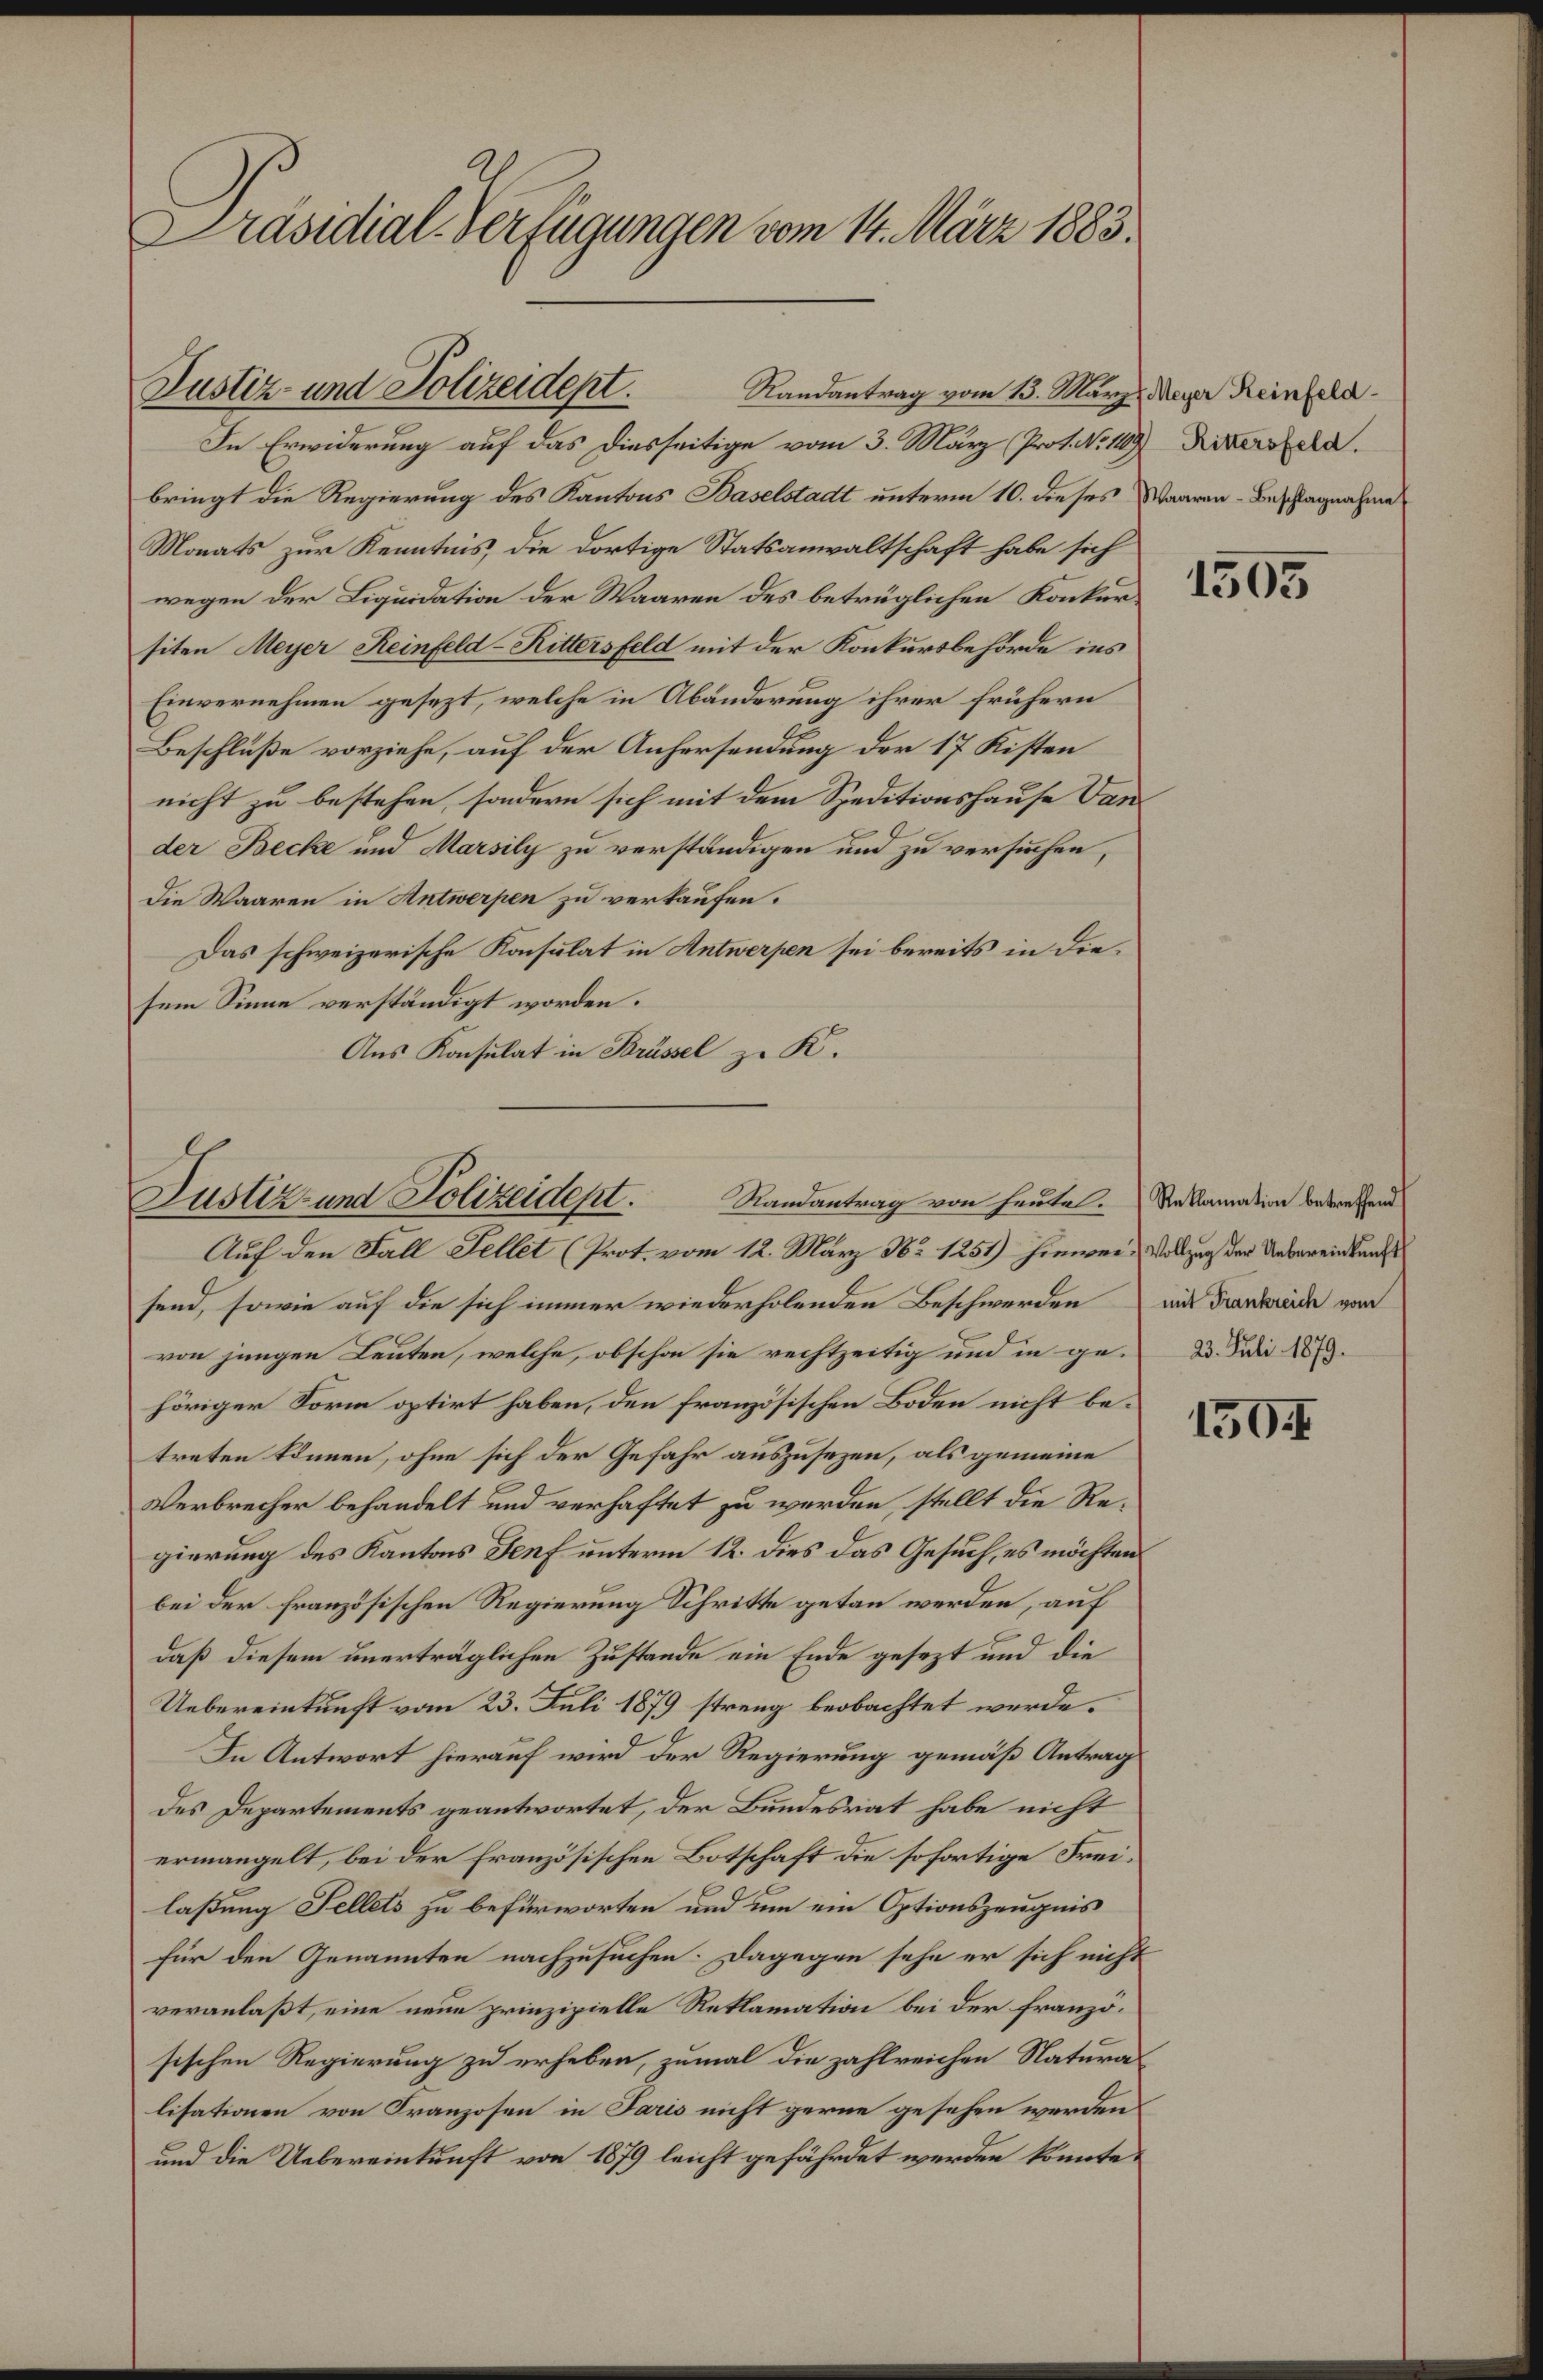
Präsidial-Verfügungen vom 14. März 1883.

Justiz- und Polizeident.
Randantrag vom 13. März Meyer Reinfeld¬

In Erwiderung auf das diesseitige vom 3. März (Prof. No. 119) Rittersfeld.
bringt die Regierung des Kantons Baselstadt unterm 10. dieses Waaren-Beschlagnahme
Monats zur Kenntnis, die dortige Statsanwaltschaft habe sich
wegen der Liquidation der Waaren des betrüglichen Konkursiten Meyer Reinfeld-Rittersfeld mit der Konkursbehörde ins
Einvernehmen gesezt, welche in Abänderung ihrer frühern
Beschluße vorziehe, auf der Anhersendung der 17 Kisten
nicht zu bestehen, sondern sich mit dem Speditionshause Vander Becke und Marsily zu verständigen und zu versuchen,
Die Waaren in Antwerpen zu verkaufen.
Das schweizerische Konsulat in Antwerpen sei bereits in diesem Sinne verständigt worden.
Aus Konsulat in Brüssel zu K.

Justiz- und Polizeidept. Randantrag von heute.

Auf den Fall Fellet (Prot. vom 12. März Nr 1251) hinwei- Vollzug der Unbereinkunf
send, sowie auf die sich immer wiederholenden Beschwerden mit Frankreide vom
von jungen Leuten, welche, obschon sie rechtzeitig und in ge- 2. Juli 1879.
höriger Form optirt haben, den französischen Boden nicht betreten können, ohne sich der Gefahr auszusezen, als gemeine
Verbrecher behandelt und verhaftet zu werden, stellt die Regierung des Kantons Senf unterm 12. dies das Gesuch, es möchten
bei der französischen Regierung Schritte getan werden, auf
daß diesem unerträglichen Zustande ein Ende gesezt und die
Uebereinkunft vom 23. Juli 1879 streng beobachtet werde.
In Antwort hierauf wird der Regierung gemäß Antrag
des Departements geantwortet, der Bundesrat habe nicht
ermangelt, bei der Französischen Botschaft die sofortige Freilaßung Fellets zu befürworten und um ein Optionszeugnis
für den Genannten nachzusuchen. Dagegen sehe er sich nicht
veranlaßt, eine neue prinzipielle Reklamation bei der französischen Regierung zu erheben, zumal die zahlreichen Natura
lisationen von Franzosen in Paris nicht gerne gesehen werden
und die Uebereinkunft von 1879 leicht gefährdet werden könnte.

1505

Reklamation betreffend

150